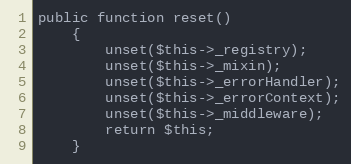
Language: PHP
public function reset()
	{
		unset($this->_registry);
		unset($this->_mixin);
		unset($this->_errorHandler);
		unset($this->_errorContext);
		unset($this->_middleware);
		return $this;
	}